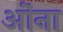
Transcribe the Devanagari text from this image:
ओंना